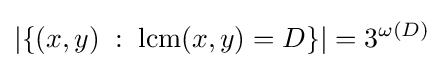
|\{(x,y)\;:\;\operatorname {lcm} (x,y)=D\}|=3^{\omega (D)}